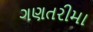
ગણતરીમા